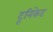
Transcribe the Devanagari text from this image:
टूनिकेट